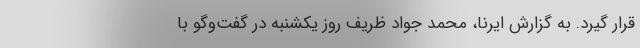
قرار گیرد. به گزارش ایرنا، محمد جواد ظریف روز یکشنبه در گفت‌وگو با